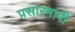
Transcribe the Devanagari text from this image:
प्रसारमापी